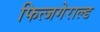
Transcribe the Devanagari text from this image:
फित्जगेराल्ड